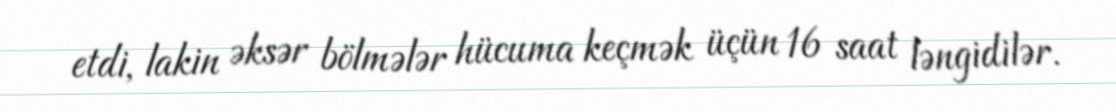
etdi, lakin əksər bölmələr hücuma keçmək üçün 16 saat ləngidilər.